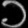
Digit: ၁